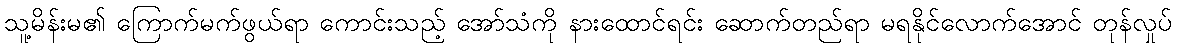
သူ့မိန်းမ၏ ကြောက်မက်ဖွယ်ရာ ကောင်းသည့် အော်သံကို နားထောင်ရင်း ဆောက်တည်ရာ မရနိုင်လောက်အောင် တုန်လှုပ်